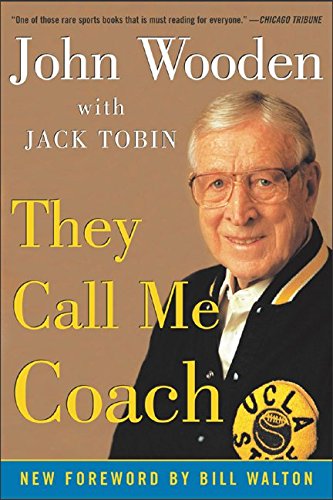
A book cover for They Call Me Coach; John Wooden; Biographies & Memoirs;